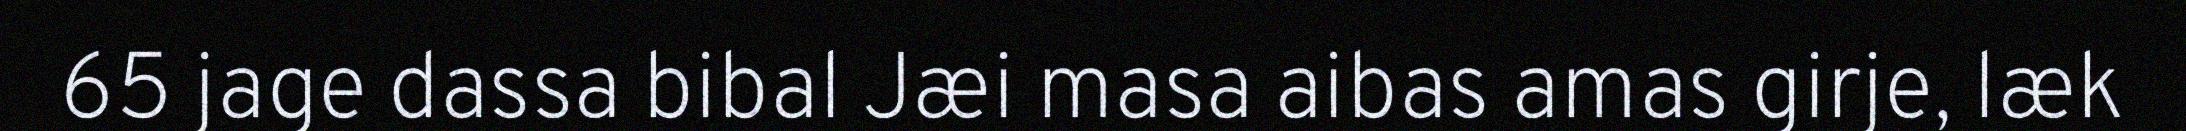
65 jage dassa bibal Jæi masa aibas amas girje, læk